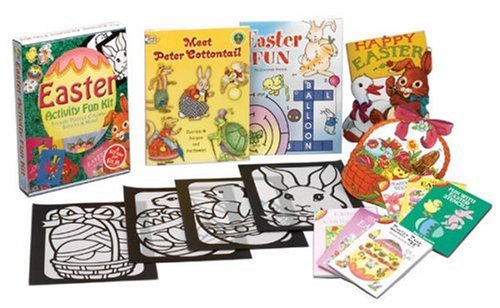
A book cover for Easter Activity Fun Kit; Dover; Children's Books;